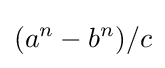
(a^{n}-b^{n})/c